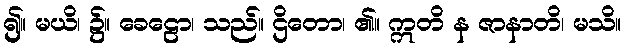
၍။ မယိ၊ ၌။ ခေဠော၊ သည်။ ဌိတော၊ ၏။ ဣတိ န ဇာနာတိ၊ မသိ။